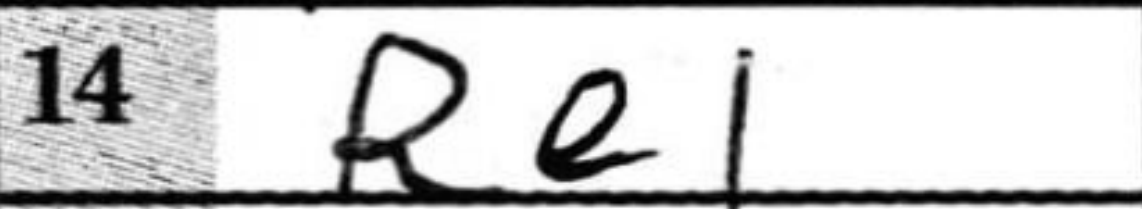
Transcription: Re1